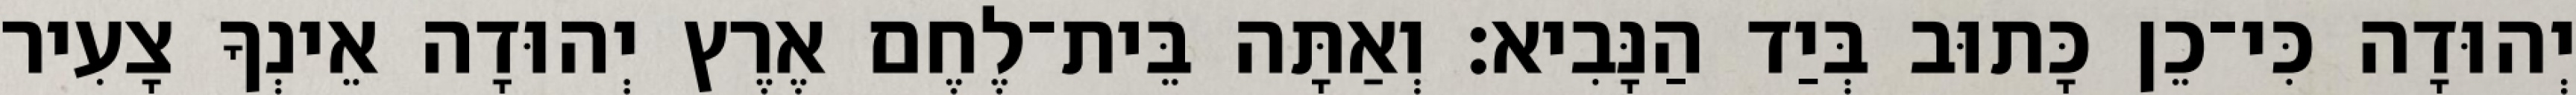
יְהוּדָה כִּי־כֵן כָּתוּב בְּיַד הַנָּבִיא׃ וְאַתָּה בֵּית־לֶחֶם אֶרֶץ יְהוּדָה אֵינְךָ צָעִיר